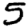
Digit: 5